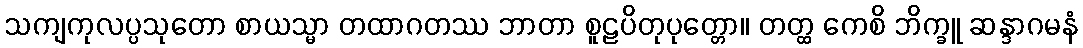
သကျကုလပ္ပသုတော စာယသ္မာ တထာဂတဿ ဘာတာ စူဠပိတုပုတ္တော။ တတ္ထ ကေစိ ဘိက္ခူ ဆန္ဒာဂမနံ